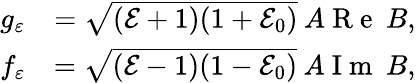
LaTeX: \begin{array}{cr}{g_{\varepsilon}}&{=\sqrt{(\mathcal{E}+1)(1+\mathcal{E}_{0})}\: A\mathrm{~R~e~}\: B,}\\ {f_{\varepsilon}}&{=\sqrt{(\mathcal{E}-1)(1-\mathcal{E}_{0})}\: A\mathrm{~I~m~}\: B,}\end{array}